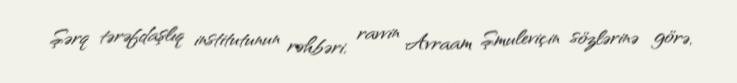
Şərq tərəfdaşlıq institutunun rəhbəri, ravvin Avraam Şmuleviçin sözlərinə görə,